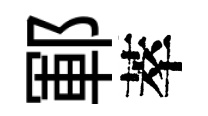
鄆萃